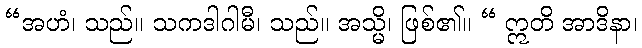
“အဟံ၊ သည်။ သကဒါဂါမီ၊ သည်။ အသ္မိ၊ ဖြစ်၏။ “ ဣတိ အာဒိနာ၊